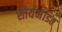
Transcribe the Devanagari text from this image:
शौर्यमंडित